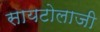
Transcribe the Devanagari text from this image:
सायटोलाजी